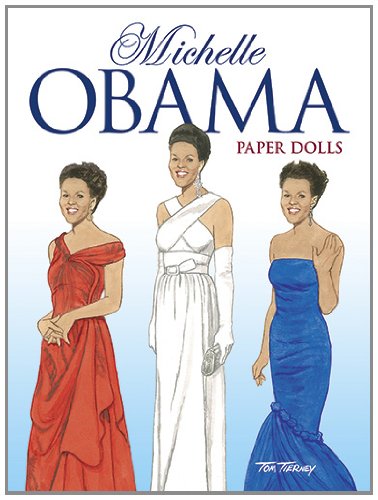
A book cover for Michelle Obama Paper Dolls (Dover Paper Dolls); Tom Tierney; Crafts, Hobbies & Home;